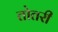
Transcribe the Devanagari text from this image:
तोतरी